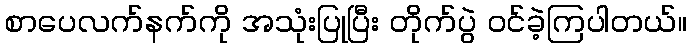
စာပေလက်နက်ကို အသုံးပြုပြီး တိုက်ပွဲ ဝင်ခဲ့ကြပါတယ်။